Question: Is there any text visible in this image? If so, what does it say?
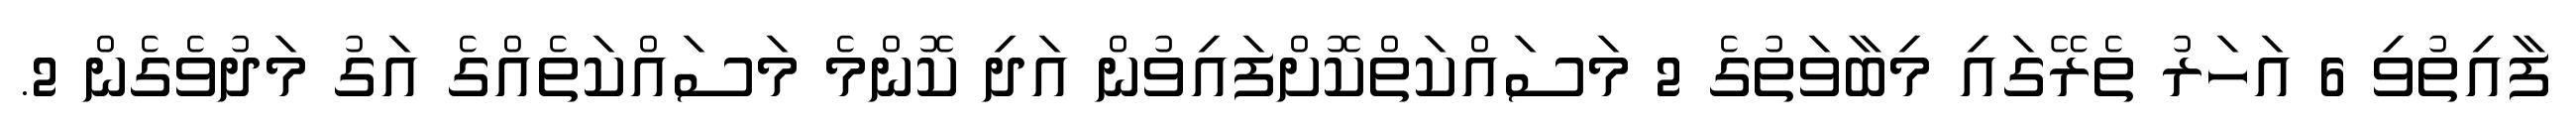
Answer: ފާއިތުވި 6 އަހަރު ތެރޭގައި މިބާވަތުގެ 2 މަސައްކަތްކޮށްފައިވުން އަދި ކޮންމެ މަސައްކަތެއްގެ އަގު މަދުވެގެން 2.